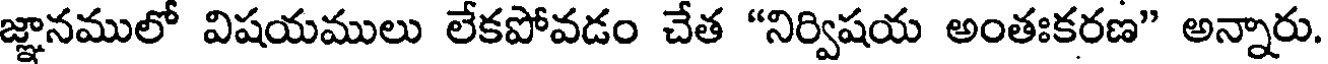
జ్ఞానములో విషయములు లేకపోవడం చేత "నిర్విషయ అంతఃకరణ" అన్నారు.